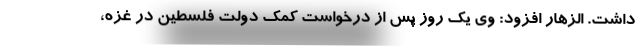
داشت. الزهار افزود: وی یک روز پس از درخواست کمک دولت فلسطین در غزه،